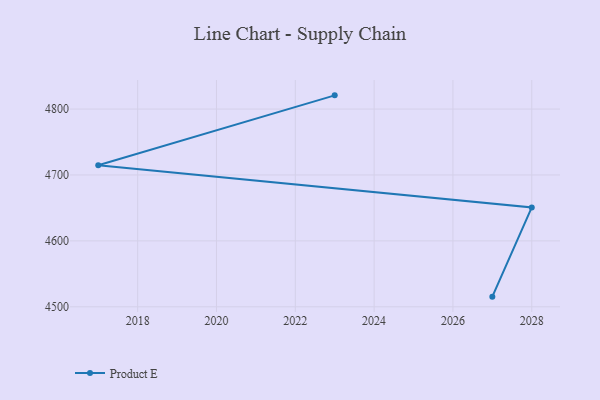
{"axis": {"x": "Year", "y": "Budget (USD K)"}, "legend": ["Product E"], "data": [{"x": "2023", "y": 4820.8, "type": "Product E"}, {"x": "2017", "y": 4714.8, "type": "Product E"}, {"x": "2028", "y": 4650.7, "type": "Product E"}, {"x": "2027", "y": 4515.4, "type": "Product E"}]}